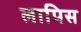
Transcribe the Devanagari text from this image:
लापिस